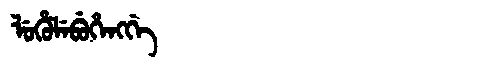
Manchu: ᠯᡠᡥᡠᠯᡝᠪᡠᡥᡝᠩᡤᡝ
Romanization: LUHULEBUHENGGE